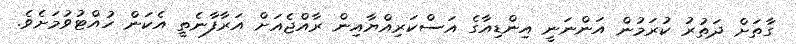
ގާތަށް ދަތުރު ކުރަމުން އަންނަނީ އިންޑިއާގެ އަސްކަރިއްޔާއިން ރާއްޖެއަށް އަރާފާނެތީ އެކަން ހުއްޓުވުމަށެވެ.